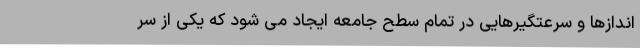
اندازها و سرعتگیرهایی در تمام سطح جامعه ایجاد می شود که یکی از سر